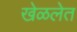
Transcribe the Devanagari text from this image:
खेळलेत